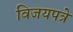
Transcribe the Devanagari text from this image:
विजयपत्रे